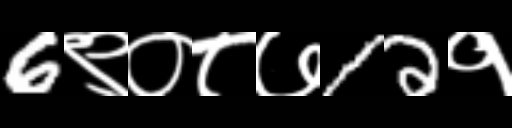
Text: 6९०८७12१